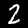
Label: 2